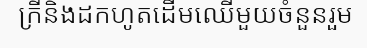
ក្រីនិងដកហូតដើមឈើមួយចំនួនរួម